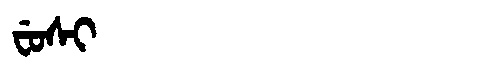
Manchu: ᠸᡠᠰᡳ
Romanization: FUSI